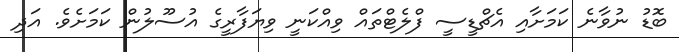
ބޮޑު ނުވާނެ ކަމަށާއި އެޗްޑީސީ ފްލެޓްތައް ވިއްކަނީ ވިޔަފާރީގެ އުސޫލުން ކަމަަށެވެ. އަދި